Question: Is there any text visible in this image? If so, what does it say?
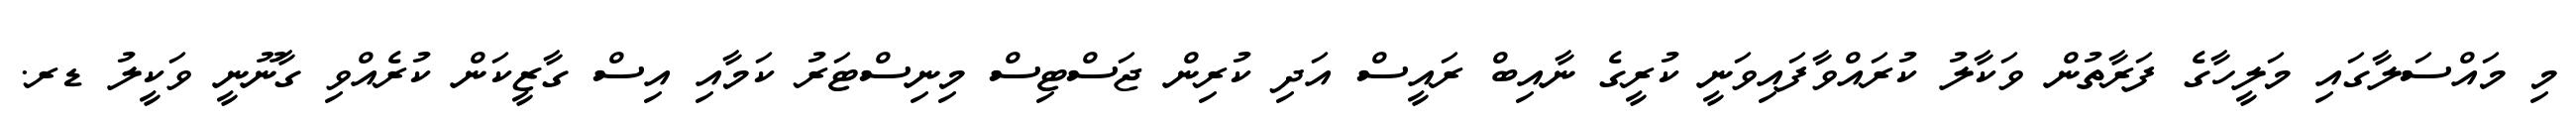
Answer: މި މައްސަލާގައި މަލީހާގެ ފަރާތުން ވަކާލު ކުރައްވާފައިވަނީ ކުރީގެ ނާއިބް ރައީސް އަދި ކުރިން ޖަސްޓިސް މިނިސްޓަރު ކަމާއި އިސް ގާޒީކަން ކުރެއްވި ގާނޫނީ ވަކީލު ޑރ.